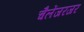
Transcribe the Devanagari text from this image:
चैलेंजरजर